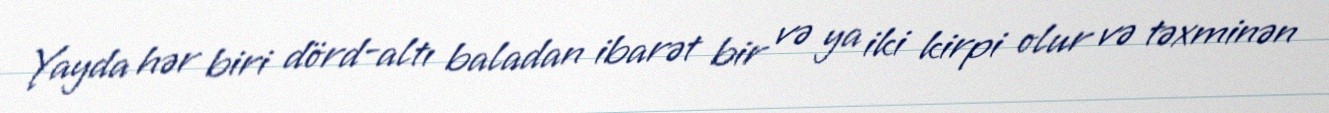
Yayda hər biri dörd-altı baladan ibarət bir və ya iki kirpi olur və təxminən